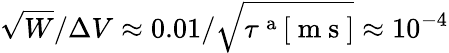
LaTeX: \sqrt{W}/\Delta V\approx 0.01/\sqrt{\tau^{\mathrm{~a~}}[\mathrm{~m~s~}]}\approx 10^{-4}